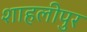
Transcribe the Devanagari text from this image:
शाहलीपुर